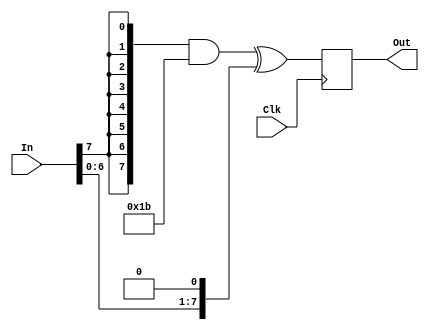
//Takes One Cycle
module GFMulBy2(Clk, In, Out);
    input Clk;
    input [7:0] In;
    output reg [7:0] Out;

    always @(posedge Clk)
            Out <= ({In[7], In[7], In[7], In[7], In[7], In[7], In[7], In[7]} & 8'h1b) ^
                      {In[6:0] , 1'b0};
endmodule 

//Takes One Cycle
module GFMulBy3(Clk, In, Out);
    input Clk;
    input [7:0] In;
    output [7:0] Out;

    wire [7:0] MulBy2Out;
    
    GFMulBy2 tu(Clk, In, MulBy2Out);
    assign Out = In ^ MulBy2Out;
endmodule

//Takes One Cycles
module GFMulBy4(Clk, In, Out);
    input Clk;
    input [7:0] In;
    output [7:0] Out;

    wire [7:0] MulBy2Out;

    GFMulBy2 tu0(Clk, In, MulBy2Out);
    GFMulBy2 tu1(Clk, MulBy2Out, Out);
endmodule

//Takes 2 Cycles
module GFMulBy8(Clk, In, Out);
    input Clk;
    input [7:0] In;
    output [7:0] Out;

    wire [7:0] MulBy4Out;

    GFMulBy4 tu0(Clk, In, MulBy4Out);
    GFMulBy2 tu1(Clk, MulBy4Out, Out);
endmodule

// Takes 2 Cycles
module GFMulBy9(Clk, In, Out);
    input Clk;
    input [7:0] In;
    output [7:0] Out;
    
    wire [7:0] MulBy8Out;

    GFMulBy8 tu0(Clk, In, MulBy8Out);

    assign Out = MulBy8Out ^ In; 
endmodule 

// Takes 2 Cycles
module GFMulBy0xB(Clk, In, Out);
    input Clk;
    input [7:0] In;
    output [7:0] Out;

    wire [7:0] MulBy8Out, MulBy2Out;
    GFMulBy8 tu0(Clk, In, MulBy8Out);
    GFMulBy2 tu1(Clk, In, MulBy2Out);

    assign Out = MulBy8Out ^ MulBy2Out ^ In;
endmodule

// Takes 2 Cycles
module GFMulBy0xD(Clk, In, Out);
    input Clk;
    input [7:0] In;
    output [7:0] Out;

    wire [7:0] MulBy8Out, MulBy4Out;

    GFMulBy8 tu0(Clk, In, MulBy8Out);
    GFMulBy4 tu1(Clk, In, MulBy4Out);

    assign Out = MulBy8Out ^ MulBy4Out ^ In;
endmodule

// Takes 2 Cycles
module GFMulBy0xE(Clk, In, Out);
    input Clk;
    input [7:0] In;
    output [7:0] Out;

    wire [7:0] MulBy8Out, MulBy4Out, MulBy2Out;

    GFMulBy2 tu0(Clk, In, MulBy2Out);
    GFMulBy4 tu1(Clk, In, MulBy4Out);
    GFMulBy8 tu2(Clk, In, MulBy8Out);

    assign Out = MulBy2Out ^ MulBy4Out ^ MulBy8Out;

endmodule